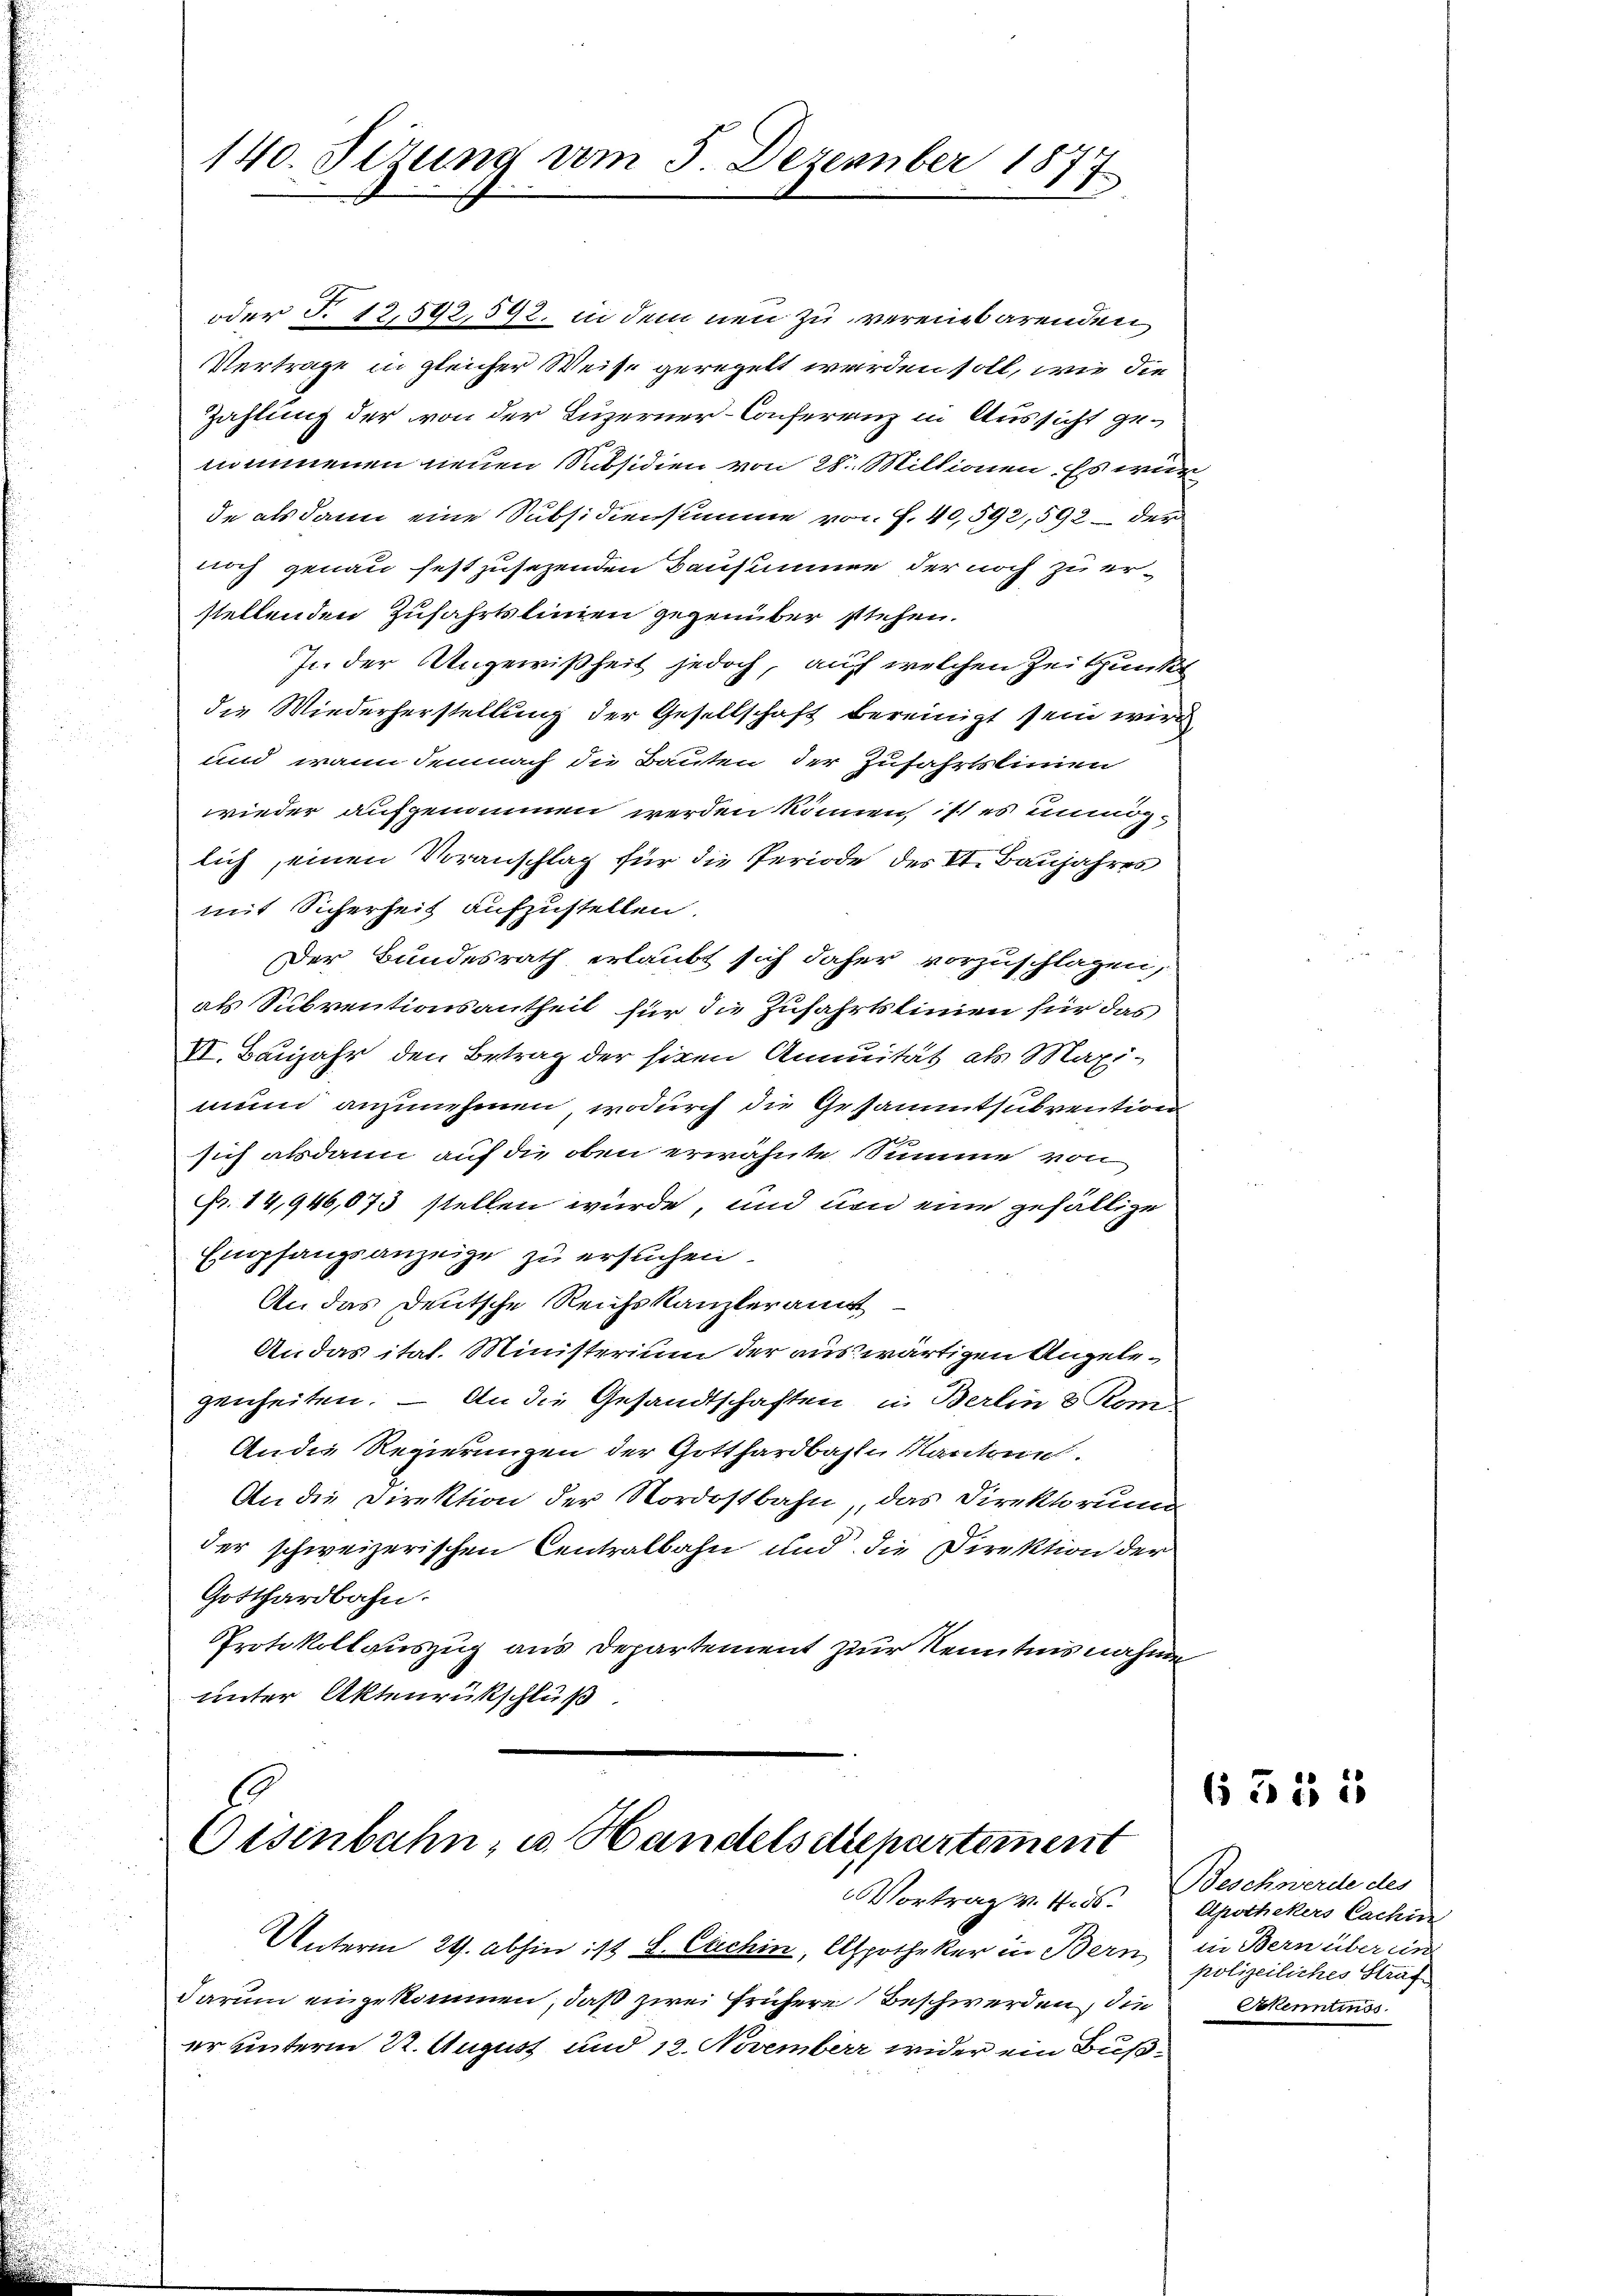
140. Sizung vom 5. Dezember 1877

oder §. 12,592, 592. in dem neu zu vereinbarenden
Vertrage in gleicher Weise geregelt werden soll, wie die
Zahlung der von der Luzerner-Conferenz in Aussicht genommenen neuen Subsidien von 28. Millionen. Es wur
de als dann eine Subsidiensumme von f. 40,592, 592 – der
noch genau festzusezenden Bausummen der noch zu erstellenden Zufahrtslinien gegenüber stehen.
In der Angewißheit jedoch, auf welchen Zeitungs
die Wiederherstellung der Gesellschaft bereinigt sein wird
und wann demnach die Bauten der Zufahrtslinien
wieder aufgenommen werden können, ist es unmöglich, einen Voranschlag für die Periode des VI. Baujahres
mit Sicherheit aufzustellen.
Der Bundesrath erlaubt sich daher vorzuschlagen,
als Subventionsantheil für die Zufahrtslinien für das
VI. Banjahr den Betrag der siven Annuität als Maxi-
mund anzunehmen, wodurch die Gesammtsubvention
sich alsdann auf die oben erwähnte Summe von
Fr. 14,946,073 stellen würde, und um eine gefällige
Empfangsanzeige zu ersuchen.
An das Deutsche Reichskanzleramt
An das itat. Ministerium der auswärtigen Angelegenheiten. – An die Gesandtschaften, in Berlin 3 Rom-
Andie Regierungen der Gotthardbahln Kantone.
An die Direktion der Nordostbahn, das Direktorum
der schweizerischen Centralbahn und die Direktion der
Gotthardbahn.
Protokollauszug aus Departement zur Kenntnisnahme
unter Aktenrükschluß.

b
Eisenbahn, u. Handelsitrepartement
Vortrag v. 4. ds.
Unterm 29. abhin ist S. Cachin, Apotheker in Bern, in Bern über ein
darum eingekommen, daß zwei frühere Beschwerden, die Akenntnuss

er unterm 22. August und 12. November wider ein Buß¬

6355

Beschwerde des
Apothekers Cachin
polizeiliches Straf